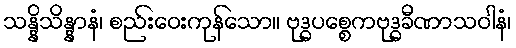
သန္နိသိန္နာနံ၊ စည်းဝေးကုန်သော။ ဗုဒ္ဓပစ္စေကဗုဒ္ဓခီဏာသဝါနံ၊